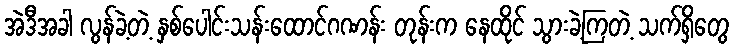
အဲဒီအခါ လွန်ခဲ့တဲ့ နှစ်ပေါင်းသန်းထောင်ဂဏန်း တုန်းက နေထိုင် သွားခဲ့ကြတဲ့ သက်ရှိတွေ